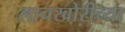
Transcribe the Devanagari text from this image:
लाचखोरीच्या